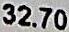
32.70